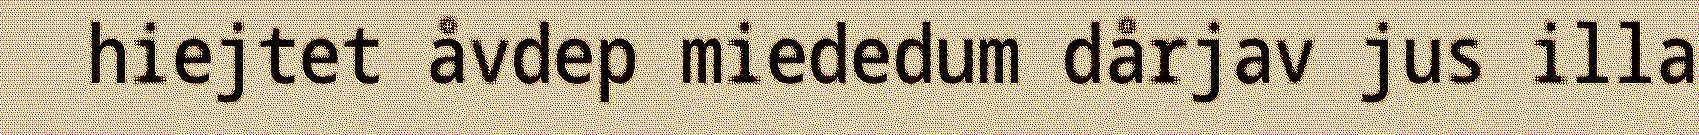
hiejtet åvdep miededum dårjav jus illa